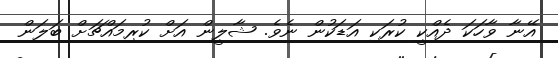
އޭނާ ވާހަކަ ދެއްކީ ކުރަކި އަޑަކުން ނެވެ. ޝާލީން އަށް ކުރިމައްޗަށް ބަލަން